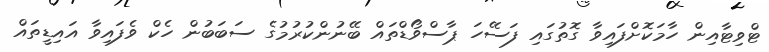
ޓްވިޓާއިން ހާމަކޮށްފައިވާ ގޮތުގައި ފަސޭހަ ޕާސްވޯޑްތައް ބޭނުންކުރުމުގެ ސަބަބުން ހެކް ވެފައިވާ އައިޑީތައް